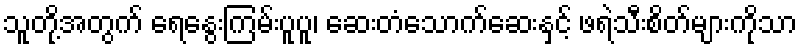
သူတို့အတွက် ရေနွေးကြမ်းပူပူ၊ ဆေးတံသောက်ဆေးနှင့် ဖရဲသီးစိတ်များကိုသာ